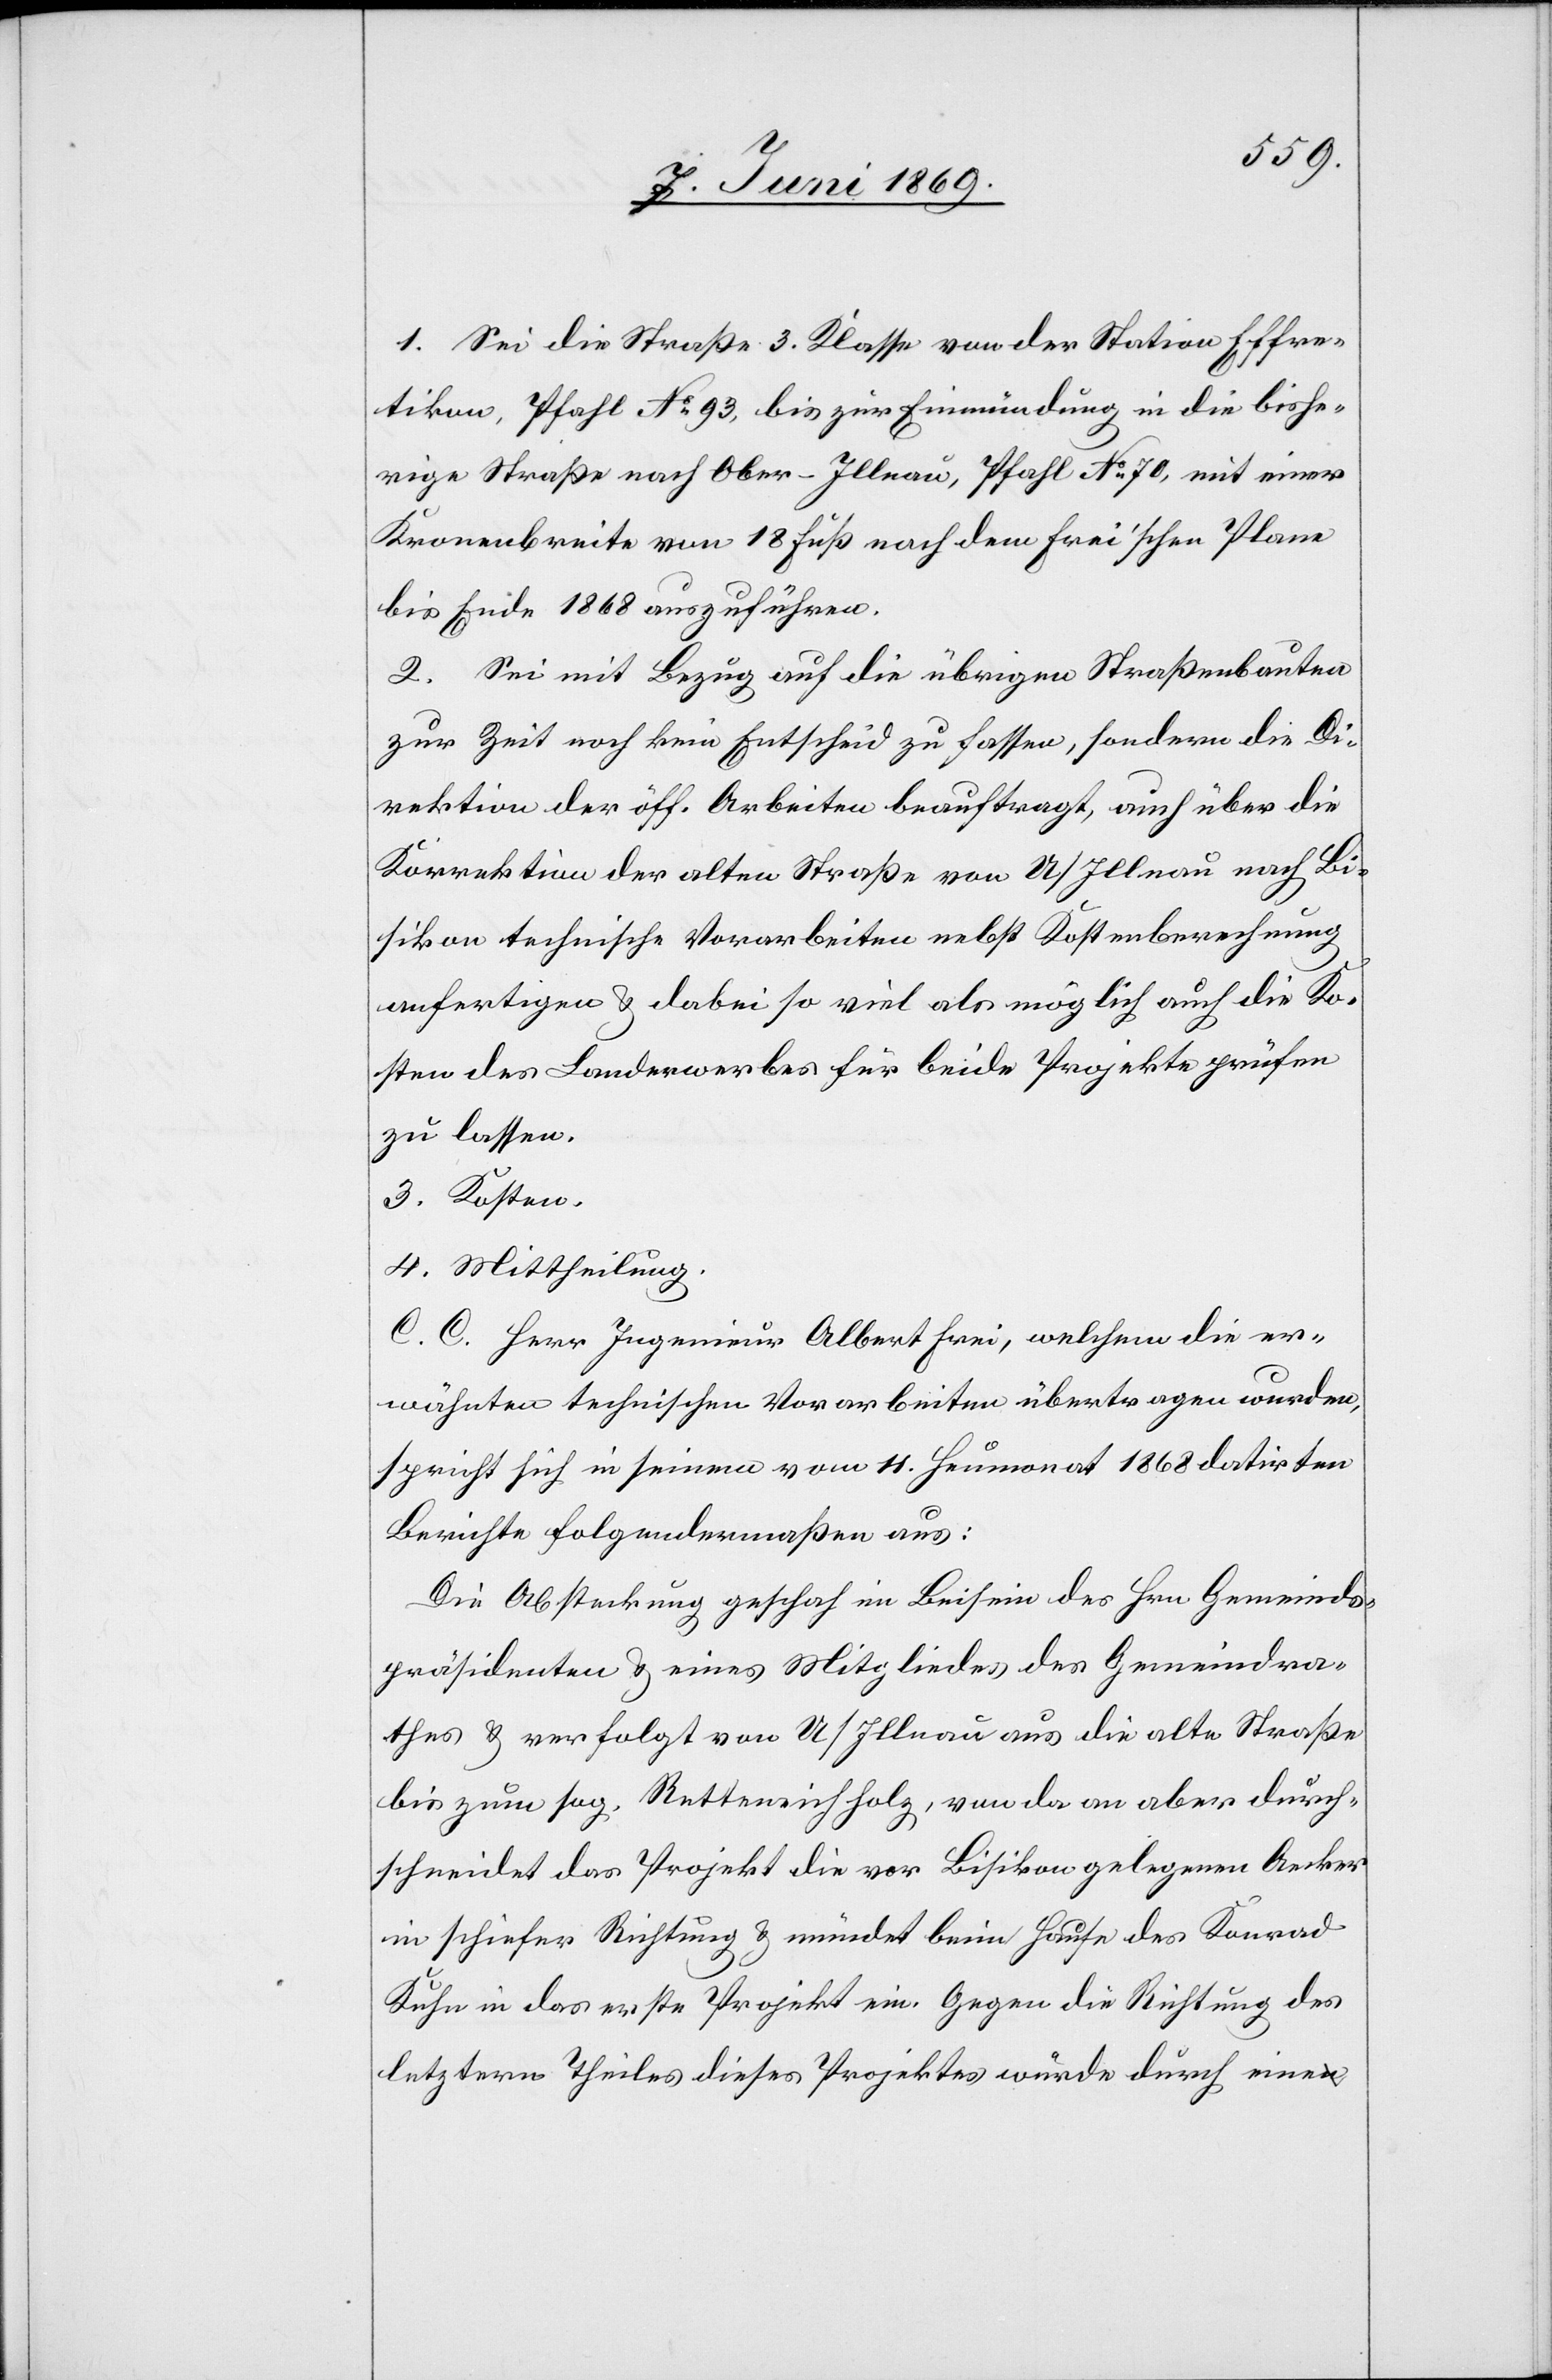
1. Sei die Straße 3. Klasse von der Station Effre¬
tikon, Pfahl No 93, bis zur Einmündung in die bishe¬
rige Straße nach Ober-Illnau, Pfahl No 70, mit einer
Kronenbreite von 18 Fuß nach dem frei’schen Plane
bis Ende 1868 auszuführen.
2. Sei mit Bezug auf die übrigen Straßenbauten
zur Zeit noch kein Entscheid zu fassen, sondern die Di¬
rektion der öff. Arbeiten beauftragt, auch über die
Korrektion der alten Straße von U/Illnau nach Bi¬
sikon technische Vorarbeiten nebst Kostenberechnung
anfertigen u. dabei so viel als möglich auch die Ko¬
sten des Landerwerbes für beide Projekte prüfen
zu lassen.
3. Kosten.
4. Mittheilung.
C. C. Herr Ingenieur Albert Frei, welchem die er¬
wähnten technischen Vorarbeiten übertragen wurden,
spricht sich in seinem vom 14. Heumonat 1868 datirten
Berichte folgendermaßen aus:
Die Absteckung geschah im Beisein des Hrn. Gemeinds¬
präsidenten u. eines Mitgliedes des Gemeindra¬
thes u. verfolgt von U/Illnau aus die alte Straße
bis zum sog. Retteneichholz, von da an aber durch¬
schneidet das Projekt die vor Bisikon gelegenen Aecker
in schiefer Richtung u. mündet beim Hause des Konrad
Kuhn in das erste Projekt ein. Gegen die Richtung des
letztern Theiles dieses Projektes würde durch eine